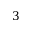
3